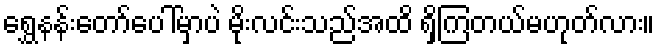
ရွှေနန်းတော်ပေါ်မှာပဲ မိုးလင်းသည်အထိ ရှိကြတယ်မဟုတ်လား။